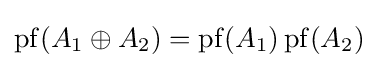
\operatorname {pf} (A_{1}\oplus A_{2})=\operatorname {pf} (A_{1})\operatorname {pf} (A_{2})